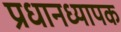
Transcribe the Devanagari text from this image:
प्रधानध्यापक